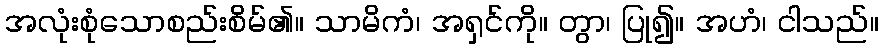
အလုံးစုံသောစည်းစိမ်၏။ သာမိကံ၊ အရှင်ကို။ တွာ၊ ပြု၍။ အဟံ၊ ငါသည်။